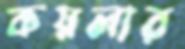
কয়লার